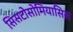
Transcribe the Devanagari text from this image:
सिसटोसोमियासिस